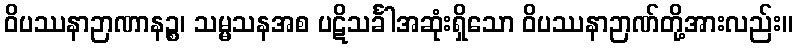
ဝိပဿနာဉာဏာနဉ္စ၊ သမ္မသနအစ ပဋိသင်္ခါအဆုံးရှိသော ဝိပဿနာဉာဏ်တို့အားလည်း။